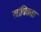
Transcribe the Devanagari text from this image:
लांबिकता